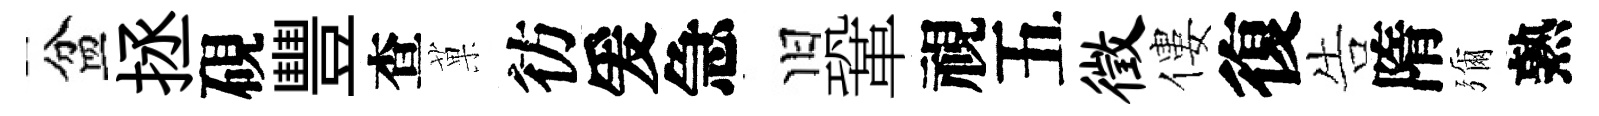
盆拯硯豐查菓彷爰急旧鞏視五徵僂復告隋彌熟